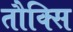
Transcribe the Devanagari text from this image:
तौक्सि